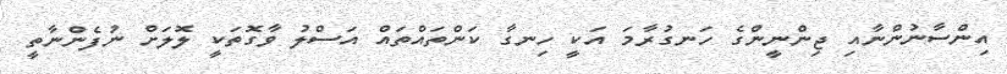
އިންސާނުންނާއި ޖިންނީންގެ ހަނގުރާމަ އަކީ ހިނގާ ކަންތައްތައް އަސްލު ވާގޮތަކީ ލޮލަށް ނުފެންނާތީ